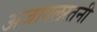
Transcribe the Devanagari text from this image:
अजागलस्तनी